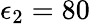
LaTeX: \epsilon_{2}=80